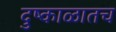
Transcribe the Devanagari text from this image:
दुष्काळातच